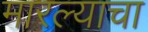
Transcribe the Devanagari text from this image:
मारल्याचा